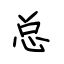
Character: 总